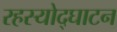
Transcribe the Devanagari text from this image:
रहस्‍योद्घाटन